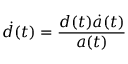
{ \dot { d } } ( t ) = { \frac { d ( t ) { \dot { a } } ( t ) } { a ( t ) } }